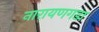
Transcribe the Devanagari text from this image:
नारायणगडा